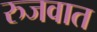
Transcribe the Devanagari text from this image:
रुजवात